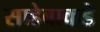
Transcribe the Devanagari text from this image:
साहेबाकडे